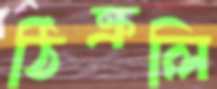
ঠিক্‌রলি